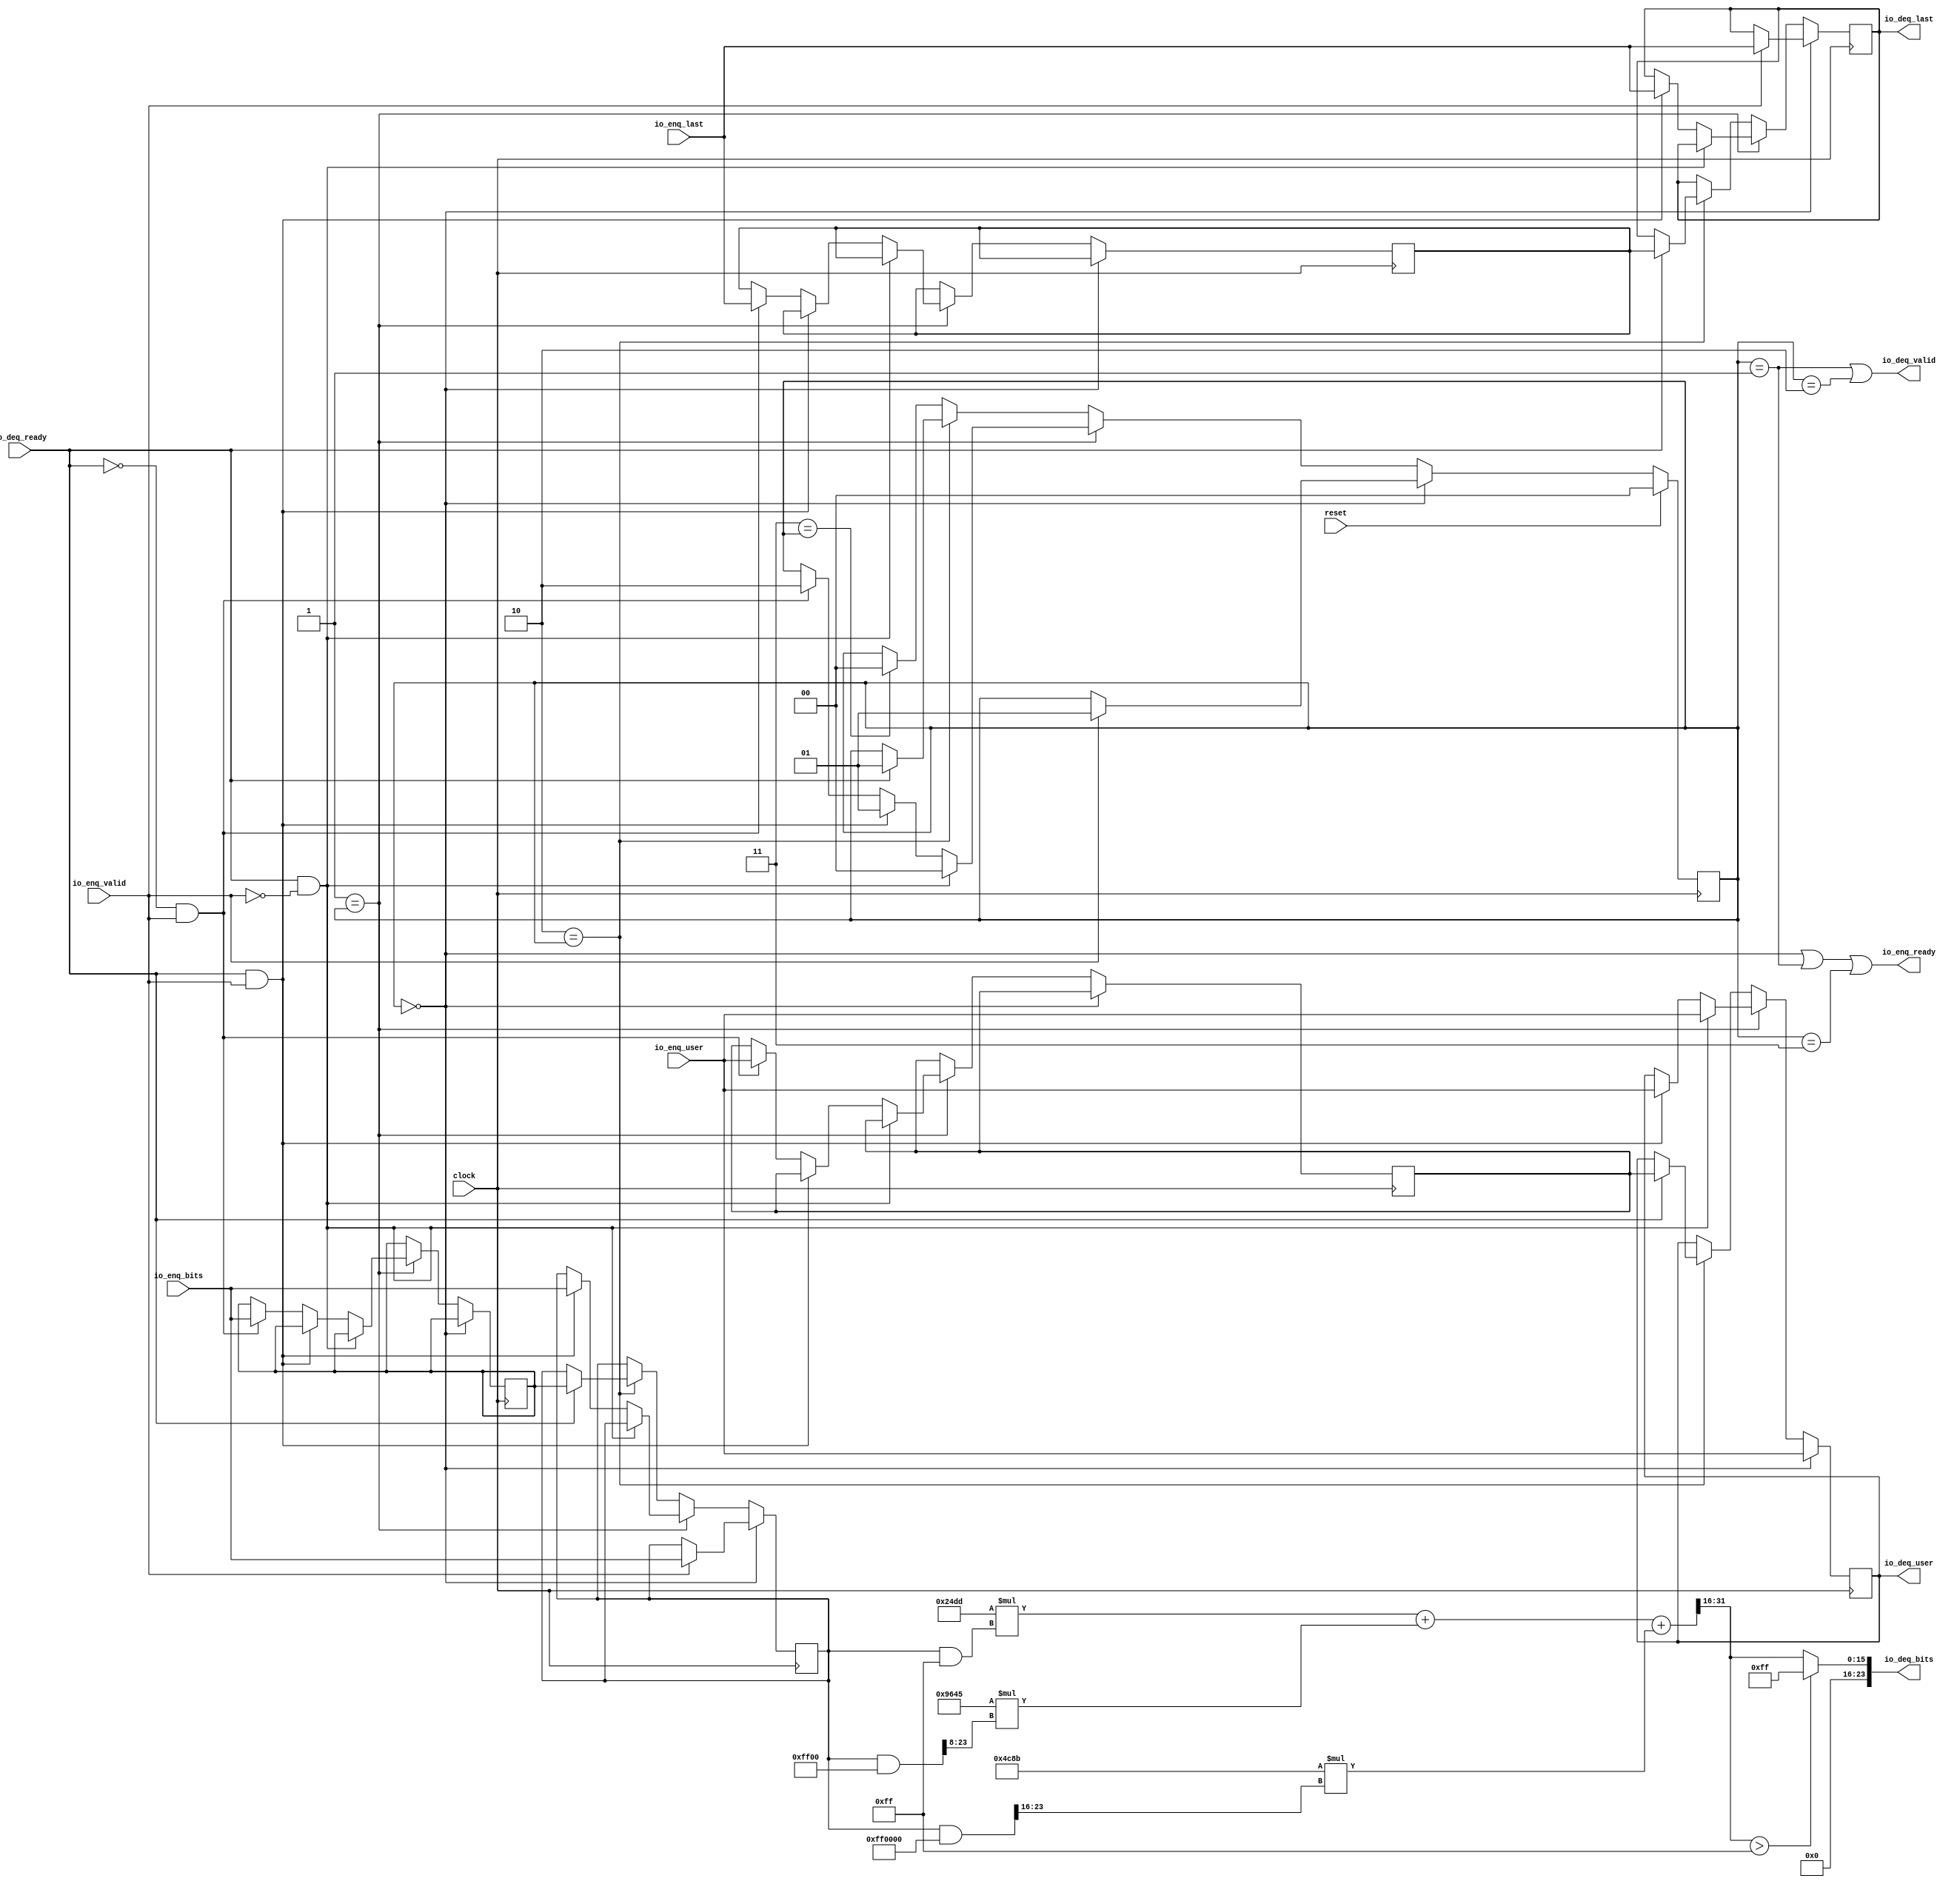
// axi4.ImProcMain1218694666
// 2020/11/25 17:25

module RGB2GrayFilterGray(
  input         clock,
  input         reset,
  output        io_enq_ready,
  input         io_enq_valid,
  input  [23:0] io_enq_bits,
  input         io_enq_user,
  input         io_enq_last,
  input         io_deq_ready,
  output        io_deq_valid,
  output [23:0] io_deq_bits,
  output        io_deq_user,
  output        io_deq_last
);
`ifdef RANDOMIZE_REG_INIT
  reg [31:0] _RAND_0;
  reg [31:0] _RAND_1;
  reg [31:0] _RAND_2;
  reg [31:0] _RAND_3;
  reg [31:0] _RAND_4;
  reg [31:0] _RAND_5;
  reg [31:0] _RAND_6;
`endif // RANDOMIZE_REG_INIT
  reg [1:0] stateReg; // @[ChiselImProc.scala 49:28]
  reg [23:0] dataReg; // @[ChiselImProc.scala 51:23]
  reg [23:0] shadowReg; // @[ChiselImProc.scala 53:25]
  reg  userReg; // @[ChiselImProc.scala 54:23]
  reg  shadowUserReg; // @[ChiselImProc.scala 55:29]
  reg  lastReg; // @[ChiselImProc.scala 56:23]
  reg  shadowLastReg; // @[ChiselImProc.scala 57:29]
  wire  _T = 2'h0 == stateReg; // @[Conditional.scala 37:30]
  wire  _T_1 = 2'h1 == stateReg; // @[Conditional.scala 37:30]
  wire  _T_2 = ~io_enq_valid; // @[ChiselImProc.scala 69:35]
  wire  _T_3 = io_deq_ready & _T_2; // @[ChiselImProc.scala 69:32]
  wire  _T_4 = io_deq_ready & io_enq_valid; // @[ChiselImProc.scala 72:38]
  wire  _T_5 = ~io_deq_ready; // @[ChiselImProc.scala 77:25]
  wire  _T_6 = _T_5 & io_enq_valid; // @[ChiselImProc.scala 77:39]
  wire  _T_7 = 2'h2 == stateReg; // @[Conditional.scala 37:30]
  wire  _T_8 = 2'h3 == stateReg; // @[Conditional.scala 37:30]
  wire  _T_9 = stateReg == 2'h0; // @[ChiselImProc.scala 101:31]
  wire  _T_10 = stateReg == 2'h1; // @[ChiselImProc.scala 101:53]
  wire  _T_11 = _T_9 | _T_10; // @[ChiselImProc.scala 101:41]
  wire  _T_12 = stateReg == 2'h3; // @[ChiselImProc.scala 101:73]
  wire  _T_15 = stateReg == 2'h2; // @[ChiselImProc.scala 102:51]
  wire [23:0] _T_17 = dataReg & 24'hff; // @[ChiselImProc.scala 139:36]
  wire [37:0] _T_18 = 24'h24dd * _T_17; // @[ChiselImProc.scala 139:25]
  wire [23:0] _T_19 = dataReg & 24'hff00; // @[ChiselImProc.scala 140:33]
  wire [23:0] _T_20 = {{8'd0}, _T_19[23:8]}; // @[ChiselImProc.scala 140:47]
  wire [39:0] _T_21 = 24'h9645 * _T_20; // @[ChiselImProc.scala 140:21]
  wire [39:0] _GEN_45 = {{2'd0}, _T_18}; // @[ChiselImProc.scala 139:50]
  wire [39:0] _T_23 = _GEN_45 + _T_21; // @[ChiselImProc.scala 139:50]
  wire [23:0] _T_24 = dataReg & 24'hff0000; // @[ChiselImProc.scala 141:33]
  wire [23:0] _T_25 = {{16'd0}, _T_24[23:16]}; // @[ChiselImProc.scala 141:47]
  wire [38:0] _T_26 = 24'h4c8b * _T_25; // @[ChiselImProc.scala 141:21]
  wire [39:0] _GEN_47 = {{1'd0}, _T_26}; // @[ChiselImProc.scala 140:55]
  wire [39:0] _T_28 = _T_23 + _GEN_47; // @[ChiselImProc.scala 140:55]
  wire [31:0] pixGray = _T_28[31:0]; // @[ChiselImProc.scala 136:24 ChiselImProc.scala 139:13]
  wire [31:0] _T_29 = {{16'd0}, pixGray[31:16]}; // @[ChiselImProc.scala 143:24]
  wire [15:0] rolled = _T_29[15:0]; // @[ChiselImProc.scala 137:23 ChiselImProc.scala 143:12]
  wire  _T_30 = rolled > 16'hff; // @[ChiselImProc.scala 144:32]
  wire [15:0] _T_31 = _T_30 ? 16'hff : rolled; // @[ChiselImProc.scala 144:24]
  assign io_enq_ready = _T_11 | _T_12; // @[ChiselImProc.scala 101:18]
  assign io_deq_valid = _T_10 | _T_15; // @[ChiselImProc.scala 102:18]
  assign io_deq_bits = {{8'd0}, _T_31}; // @[ChiselImProc.scala 144:17]
  assign io_deq_user = userReg; // @[ChiselImProc.scala 37:17 ChiselImProc.scala 99:17]
  assign io_deq_last = lastReg; // @[ChiselImProc.scala 36:17 ChiselImProc.scala 98:17]
`ifdef RANDOMIZE_GARBAGE_ASSIGN
`define RANDOMIZE
`endif
`ifdef RANDOMIZE_INVALID_ASSIGN
`define RANDOMIZE
`endif
`ifdef RANDOMIZE_REG_INIT
`define RANDOMIZE
`endif
`ifdef RANDOMIZE_MEM_INIT
`define RANDOMIZE
`endif
`ifndef RANDOM
`define RANDOM $random
`endif
`ifdef RANDOMIZE_MEM_INIT
  integer initvar;
`endif
`ifndef SYNTHESIS
`ifdef FIRRTL_BEFORE_INITIAL
`FIRRTL_BEFORE_INITIAL
`endif
initial begin
  `ifdef RANDOMIZE
    `ifdef INIT_RANDOM
      `INIT_RANDOM
    `endif
    `ifndef VERILATOR
      `ifdef RANDOMIZE_DELAY
        #`RANDOMIZE_DELAY begin end
      `else
        #0.002 begin end
      `endif
    `endif
`ifdef RANDOMIZE_REG_INIT
  _RAND_0 = {1{`RANDOM}};
  stateReg = _RAND_0[1:0];
  _RAND_1 = {1{`RANDOM}};
  dataReg = _RAND_1[23:0];
  _RAND_2 = {1{`RANDOM}};
  shadowReg = _RAND_2[23:0];
  _RAND_3 = {1{`RANDOM}};
  userReg = _RAND_3[0:0];
  _RAND_4 = {1{`RANDOM}};
  shadowUserReg = _RAND_4[0:0];
  _RAND_5 = {1{`RANDOM}};
  lastReg = _RAND_5[0:0];
  _RAND_6 = {1{`RANDOM}};
  shadowLastReg = _RAND_6[0:0];
`endif // RANDOMIZE_REG_INIT
  `endif // RANDOMIZE
end // initial
`ifdef FIRRTL_AFTER_INITIAL
`FIRRTL_AFTER_INITIAL
`endif
`endif // SYNTHESIS
  always @(posedge clock) begin
    if (reset) begin
      stateReg <= 2'h0;
    end else if (_T) begin
      if (io_enq_valid) begin
        stateReg <= 2'h1;
      end
    end else if (_T_1) begin
      if (_T_3) begin
        stateReg <= 2'h0;
      end else if (_T_4) begin
        stateReg <= 2'h1;
      end else if (_T_6) begin
        stateReg <= 2'h2;
      end
    end else if (_T_7) begin
      if (io_deq_ready) begin
        stateReg <= 2'h1;
      end
    end else if (_T_8) begin
      stateReg <= 2'h0;
    end
    if (_T) begin
      if (io_enq_valid) begin
        dataReg <= io_enq_bits;
      end
    end else if (_T_1) begin
      if (!(_T_3)) begin
        if (_T_4) begin
          dataReg <= io_enq_bits;
        end
      end
    end else if (_T_7) begin
      if (io_deq_ready) begin
        dataReg <= shadowReg;
      end
    end
    if (!(_T)) begin
      if (_T_1) begin
        if (!(_T_3)) begin
          if (!(_T_4)) begin
            if (_T_6) begin
              shadowReg <= io_enq_bits;
            end
          end
        end
      end
    end
    if (_T) begin
      userReg <= io_enq_user;
    end else if (_T_1) begin
      if (_T_3) begin
        userReg <= io_enq_user;
      end else if (_T_4) begin
        userReg <= io_enq_user;
      end
    end else if (_T_7) begin
      if (io_deq_ready) begin
        userReg <= shadowUserReg;
      end
    end
    if (!(_T)) begin
      if (_T_1) begin
        if (!(_T_3)) begin
          if (!(_T_4)) begin
            if (_T_6) begin
              shadowUserReg <= io_enq_user;
            end
          end
        end
      end
    end
    if (_T) begin
      if (io_enq_valid) begin
        lastReg <= io_enq_last;
      end
    end else if (_T_1) begin
      if (!(_T_3)) begin
        if (_T_4) begin
          lastReg <= io_enq_last;
        end
      end
    end else if (_T_7) begin
      if (io_deq_ready) begin
        lastReg <= shadowLastReg;
      end
    end
    if (!(_T)) begin
      if (_T_1) begin
        if (!(_T_3)) begin
          if (!(_T_4)) begin
            if (_T_6) begin
              shadowLastReg <= io_enq_last;
            end
          end
        end
      end
    end
  end
endmodule
module NothingFilterGray(
  input        clock,
  input        reset,
  output       io_enq_ready,
  input        io_enq_valid,
  input  [7:0] io_enq_bits,
  input        io_enq_user,
  input        io_enq_last,
  input        io_deq_ready,
  output       io_deq_valid,
  output [7:0] io_deq_bits,
  output       io_deq_user,
  output       io_deq_last
);
`ifdef RANDOMIZE_REG_INIT
  reg [31:0] _RAND_0;
  reg [31:0] _RAND_1;
  reg [31:0] _RAND_2;
  reg [31:0] _RAND_3;
  reg [31:0] _RAND_4;
  reg [31:0] _RAND_5;
  reg [31:0] _RAND_6;
`endif // RANDOMIZE_REG_INIT
  reg [1:0] stateReg; // @[ChiselImProc.scala 49:28]
  reg [7:0] dataReg; // @[ChiselImProc.scala 51:23]
  reg [7:0] shadowReg; // @[ChiselImProc.scala 53:25]
  reg  userReg; // @[ChiselImProc.scala 54:23]
  reg  shadowUserReg; // @[ChiselImProc.scala 55:29]
  reg  lastReg; // @[ChiselImProc.scala 56:23]
  reg  shadowLastReg; // @[ChiselImProc.scala 57:29]
  wire  _T = 2'h0 == stateReg; // @[Conditional.scala 37:30]
  wire  _T_1 = 2'h1 == stateReg; // @[Conditional.scala 37:30]
  wire  _T_2 = ~io_enq_valid; // @[ChiselImProc.scala 69:35]
  wire  _T_3 = io_deq_ready & _T_2; // @[ChiselImProc.scala 69:32]
  wire  _T_4 = io_deq_ready & io_enq_valid; // @[ChiselImProc.scala 72:38]
  wire  _T_5 = ~io_deq_ready; // @[ChiselImProc.scala 77:25]
  wire  _T_6 = _T_5 & io_enq_valid; // @[ChiselImProc.scala 77:39]
  wire  _T_7 = 2'h2 == stateReg; // @[Conditional.scala 37:30]
  wire  _T_8 = 2'h3 == stateReg; // @[Conditional.scala 37:30]
  wire  _T_9 = stateReg == 2'h0; // @[ChiselImProc.scala 101:31]
  wire  _T_10 = stateReg == 2'h1; // @[ChiselImProc.scala 101:53]
  wire  _T_11 = _T_9 | _T_10; // @[ChiselImProc.scala 101:41]
  wire  _T_12 = stateReg == 2'h3; // @[ChiselImProc.scala 101:73]
  wire  _T_15 = stateReg == 2'h2; // @[ChiselImProc.scala 102:51]
  assign io_enq_ready = _T_11 | _T_12; // @[ChiselImProc.scala 101:18]
  assign io_deq_valid = _T_10 | _T_15; // @[ChiselImProc.scala 102:18]
  assign io_deq_bits = dataReg; // @[ChiselImProc.scala 122:17]
  assign io_deq_user = userReg; // @[ChiselImProc.scala 37:17 ChiselImProc.scala 99:17]
  assign io_deq_last = lastReg; // @[ChiselImProc.scala 36:17 ChiselImProc.scala 98:17]
`ifdef RANDOMIZE_GARBAGE_ASSIGN
`define RANDOMIZE
`endif
`ifdef RANDOMIZE_INVALID_ASSIGN
`define RANDOMIZE
`endif
`ifdef RANDOMIZE_REG_INIT
`define RANDOMIZE
`endif
`ifdef RANDOMIZE_MEM_INIT
`define RANDOMIZE
`endif
`ifndef RANDOM
`define RANDOM $random
`endif
`ifdef RANDOMIZE_MEM_INIT
  integer initvar;
`endif
`ifndef SYNTHESIS
`ifdef FIRRTL_BEFORE_INITIAL
`FIRRTL_BEFORE_INITIAL
`endif
initial begin
  `ifdef RANDOMIZE
    `ifdef INIT_RANDOM
      `INIT_RANDOM
    `endif
    `ifndef VERILATOR
      `ifdef RANDOMIZE_DELAY
        #`RANDOMIZE_DELAY begin end
      `else
        #0.002 begin end
      `endif
    `endif
`ifdef RANDOMIZE_REG_INIT
  _RAND_0 = {1{`RANDOM}};
  stateReg = _RAND_0[1:0];
  _RAND_1 = {1{`RANDOM}};
  dataReg = _RAND_1[7:0];
  _RAND_2 = {1{`RANDOM}};
  shadowReg = _RAND_2[7:0];
  _RAND_3 = {1{`RANDOM}};
  userReg = _RAND_3[0:0];
  _RAND_4 = {1{`RANDOM}};
  shadowUserReg = _RAND_4[0:0];
  _RAND_5 = {1{`RANDOM}};
  lastReg = _RAND_5[0:0];
  _RAND_6 = {1{`RANDOM}};
  shadowLastReg = _RAND_6[0:0];
`endif // RANDOMIZE_REG_INIT
  `endif // RANDOMIZE
end // initial
`ifdef FIRRTL_AFTER_INITIAL
`FIRRTL_AFTER_INITIAL
`endif
`endif // SYNTHESIS
  always @(posedge clock) begin
    if (reset) begin
      stateReg <= 2'h0;
    end else if (_T) begin
      if (io_enq_valid) begin
        stateReg <= 2'h1;
      end
    end else if (_T_1) begin
      if (_T_3) begin
        stateReg <= 2'h0;
      end else if (_T_4) begin
        stateReg <= 2'h1;
      end else if (_T_6) begin
        stateReg <= 2'h2;
      end
    end else if (_T_7) begin
      if (io_deq_ready) begin
        stateReg <= 2'h1;
      end
    end else if (_T_8) begin
      stateReg <= 2'h0;
    end
    if (_T) begin
      if (io_enq_valid) begin
        dataReg <= io_enq_bits;
      end
    end else if (_T_1) begin
      if (!(_T_3)) begin
        if (_T_4) begin
          dataReg <= io_enq_bits;
        end
      end
    end else if (_T_7) begin
      if (io_deq_ready) begin
        dataReg <= shadowReg;
      end
    end
    if (!(_T)) begin
      if (_T_1) begin
        if (!(_T_3)) begin
          if (!(_T_4)) begin
            if (_T_6) begin
              shadowReg <= io_enq_bits;
            end
          end
        end
      end
    end
    if (_T) begin
      userReg <= io_enq_user;
    end else if (_T_1) begin
      if (_T_3) begin
        userReg <= io_enq_user;
      end else if (_T_4) begin
        userReg <= io_enq_user;
      end
    end else if (_T_7) begin
      if (io_deq_ready) begin
        userReg <= shadowUserReg;
      end
    end
    if (!(_T)) begin
      if (_T_1) begin
        if (!(_T_3)) begin
          if (!(_T_4)) begin
            if (_T_6) begin
              shadowUserReg <= io_enq_user;
            end
          end
        end
      end
    end
    if (_T) begin
      if (io_enq_valid) begin
        lastReg <= io_enq_last;
      end
    end else if (_T_1) begin
      if (!(_T_3)) begin
        if (_T_4) begin
          lastReg <= io_enq_last;
        end
      end
    end else if (_T_7) begin
      if (io_deq_ready) begin
        lastReg <= shadowLastReg;
      end
    end
    if (!(_T)) begin
      if (_T_1) begin
        if (!(_T_3)) begin
          if (!(_T_4)) begin
            if (_T_6) begin
              shadowLastReg <= io_enq_last;
            end
          end
        end
      end
    end
  end
endmodule
module Gray2RGBFilterGray(
  input         clock,
  input         reset,
  output        io_enq_ready,
  input         io_enq_valid,
  input  [23:0] io_enq_bits,
  input         io_enq_user,
  input         io_enq_last,
  input         io_deq_ready,
  output        io_deq_valid,
  output [23:0] io_deq_bits,
  output        io_deq_user,
  output        io_deq_last,
  output [1:0]  io_state_reg,
  output [23:0] io_shadow_reg,
  output        io_shadow_user,
  output        io_shadow_last
);
`ifdef RANDOMIZE_REG_INIT
  reg [31:0] _RAND_0;
  reg [31:0] _RAND_1;
  reg [31:0] _RAND_2;
  reg [31:0] _RAND_3;
  reg [31:0] _RAND_4;
  reg [31:0] _RAND_5;
  reg [31:0] _RAND_6;
`endif // RANDOMIZE_REG_INIT
  reg [1:0] stateReg; // @[ChiselImProc.scala 49:28]
  reg [23:0] dataReg; // @[ChiselImProc.scala 51:23]
  reg [23:0] shadowReg; // @[ChiselImProc.scala 53:25]
  reg  userReg; // @[ChiselImProc.scala 54:23]
  reg  shadowUserReg; // @[ChiselImProc.scala 55:29]
  reg  lastReg; // @[ChiselImProc.scala 56:23]
  reg  shadowLastReg; // @[ChiselImProc.scala 57:29]
  wire  _T = 2'h0 == stateReg; // @[Conditional.scala 37:30]
  wire  _T_1 = 2'h1 == stateReg; // @[Conditional.scala 37:30]
  wire  _T_2 = ~io_enq_valid; // @[ChiselImProc.scala 69:35]
  wire  _T_3 = io_deq_ready & _T_2; // @[ChiselImProc.scala 69:32]
  wire  _T_4 = io_deq_ready & io_enq_valid; // @[ChiselImProc.scala 72:38]
  wire  _T_5 = ~io_deq_ready; // @[ChiselImProc.scala 77:25]
  wire  _T_6 = _T_5 & io_enq_valid; // @[ChiselImProc.scala 77:39]
  wire  _T_7 = 2'h2 == stateReg; // @[Conditional.scala 37:30]
  wire  _T_8 = 2'h3 == stateReg; // @[Conditional.scala 37:30]
  wire  _T_9 = stateReg == 2'h0; // @[ChiselImProc.scala 101:31]
  wire  _T_10 = stateReg == 2'h1; // @[ChiselImProc.scala 101:53]
  wire  _T_11 = _T_9 | _T_10; // @[ChiselImProc.scala 101:41]
  wire  _T_12 = stateReg == 2'h3; // @[ChiselImProc.scala 101:73]
  wire  _T_15 = stateReg == 2'h2; // @[ChiselImProc.scala 102:51]
  wire [39:0] _GEN_44 = {dataReg, 16'h0}; // @[ChiselImProc.scala 150:28]
  wire [54:0] _T_17 = {{15'd0}, _GEN_44}; // @[ChiselImProc.scala 150:28]
  wire [31:0] _GEN_45 = {dataReg, 8'h0}; // @[ChiselImProc.scala 150:46]
  wire [38:0] _T_18 = {{7'd0}, _GEN_45}; // @[ChiselImProc.scala 150:46]
  wire [54:0] _GEN_46 = {{16'd0}, _T_18}; // @[ChiselImProc.scala 150:36]
  wire [54:0] _T_19 = _T_17 | _GEN_46; // @[ChiselImProc.scala 150:36]
  wire [54:0] _GEN_47 = {{31'd0}, dataReg}; // @[ChiselImProc.scala 150:53]
  wire [54:0] _T_20 = _T_19 | _GEN_47; // @[ChiselImProc.scala 150:53]
  assign io_enq_ready = _T_11 | _T_12; // @[ChiselImProc.scala 101:18]
  assign io_deq_valid = _T_10 | _T_15; // @[ChiselImProc.scala 102:18]
  assign io_deq_bits = _T_20[23:0]; // @[ChiselImProc.scala 150:17]
  assign io_deq_user = userReg; // @[ChiselImProc.scala 37:17 ChiselImProc.scala 99:17]
  assign io_deq_last = lastReg; // @[ChiselImProc.scala 36:17 ChiselImProc.scala 98:17]
  assign io_state_reg = stateReg; // @[ChiselImProc.scala 104:18]
  assign io_shadow_reg = shadowReg; // @[ChiselImProc.scala 105:19]
  assign io_shadow_user = shadowUserReg; // @[ChiselImProc.scala 106:20]
  assign io_shadow_last = shadowLastReg; // @[ChiselImProc.scala 107:20]
`ifdef RANDOMIZE_GARBAGE_ASSIGN
`define RANDOMIZE
`endif
`ifdef RANDOMIZE_INVALID_ASSIGN
`define RANDOMIZE
`endif
`ifdef RANDOMIZE_REG_INIT
`define RANDOMIZE
`endif
`ifdef RANDOMIZE_MEM_INIT
`define RANDOMIZE
`endif
`ifndef RANDOM
`define RANDOM $random
`endif
`ifdef RANDOMIZE_MEM_INIT
  integer initvar;
`endif
`ifndef SYNTHESIS
`ifdef FIRRTL_BEFORE_INITIAL
`FIRRTL_BEFORE_INITIAL
`endif
initial begin
  `ifdef RANDOMIZE
    `ifdef INIT_RANDOM
      `INIT_RANDOM
    `endif
    `ifndef VERILATOR
      `ifdef RANDOMIZE_DELAY
        #`RANDOMIZE_DELAY begin end
      `else
        #0.002 begin end
      `endif
    `endif
`ifdef RANDOMIZE_REG_INIT
  _RAND_0 = {1{`RANDOM}};
  stateReg = _RAND_0[1:0];
  _RAND_1 = {1{`RANDOM}};
  dataReg = _RAND_1[23:0];
  _RAND_2 = {1{`RANDOM}};
  shadowReg = _RAND_2[23:0];
  _RAND_3 = {1{`RANDOM}};
  userReg = _RAND_3[0:0];
  _RAND_4 = {1{`RANDOM}};
  shadowUserReg = _RAND_4[0:0];
  _RAND_5 = {1{`RANDOM}};
  lastReg = _RAND_5[0:0];
  _RAND_6 = {1{`RANDOM}};
  shadowLastReg = _RAND_6[0:0];
`endif // RANDOMIZE_REG_INIT
  `endif // RANDOMIZE
end // initial
`ifdef FIRRTL_AFTER_INITIAL
`FIRRTL_AFTER_INITIAL
`endif
`endif // SYNTHESIS
  always @(posedge clock) begin
    if (reset) begin
      stateReg <= 2'h0;
    end else if (_T) begin
      if (io_enq_valid) begin
        stateReg <= 2'h1;
      end
    end else if (_T_1) begin
      if (_T_3) begin
        stateReg <= 2'h0;
      end else if (_T_4) begin
        stateReg <= 2'h1;
      end else if (_T_6) begin
        stateReg <= 2'h2;
      end
    end else if (_T_7) begin
      if (io_deq_ready) begin
        stateReg <= 2'h1;
      end
    end else if (_T_8) begin
      stateReg <= 2'h0;
    end
    if (_T) begin
      if (io_enq_valid) begin
        dataReg <= io_enq_bits;
      end
    end else if (_T_1) begin
      if (!(_T_3)) begin
        if (_T_4) begin
          dataReg <= io_enq_bits;
        end
      end
    end else if (_T_7) begin
      if (io_deq_ready) begin
        dataReg <= shadowReg;
      end
    end
    if (!(_T)) begin
      if (_T_1) begin
        if (!(_T_3)) begin
          if (!(_T_4)) begin
            if (_T_6) begin
              shadowReg <= io_enq_bits;
            end
          end
        end
      end
    end
    if (_T) begin
      userReg <= io_enq_user;
    end else if (_T_1) begin
      if (_T_3) begin
        userReg <= io_enq_user;
      end else if (_T_4) begin
        userReg <= io_enq_user;
      end
    end else if (_T_7) begin
      if (io_deq_ready) begin
        userReg <= shadowUserReg;
      end
    end
    if (!(_T)) begin
      if (_T_1) begin
        if (!(_T_3)) begin
          if (!(_T_4)) begin
            if (_T_6) begin
              shadowUserReg <= io_enq_user;
            end
          end
        end
      end
    end
    if (_T) begin
      if (io_enq_valid) begin
        lastReg <= io_enq_last;
      end
    end else if (_T_1) begin
      if (!(_T_3)) begin
        if (_T_4) begin
          lastReg <= io_enq_last;
        end
      end
    end else if (_T_7) begin
      if (io_deq_ready) begin
        lastReg <= shadowLastReg;
      end
    end
    if (!(_T)) begin
      if (_T_1) begin
        if (!(_T_3)) begin
          if (!(_T_4)) begin
            if (_T_6) begin
              shadowLastReg <= io_enq_last;
            end
          end
        end
      end
    end
  end
endmodule
module ChiselImProcGrayFilter(
  input         clock,
  input         reset,
  output        io_enq_ready,
  input         io_enq_valid,
  input  [23:0] io_enq_bits,
  input         io_enq_user,
  input         io_enq_last,
  input         io_deq_ready,
  output        io_deq_valid,
  output [23:0] io_deq_bits,
  output        io_deq_user,
  output        io_deq_last,
  output [1:0]  io_state_reg,
  output [23:0] io_shadow_reg,
  output        io_shadow_user,
  output        io_shadow_last
);
  wire  RGB2GrayFilterGray_clock; // @[ChiselImProc.scala 261:16]
  wire  RGB2GrayFilterGray_reset; // @[ChiselImProc.scala 261:16]
  wire  RGB2GrayFilterGray_io_enq_ready; // @[ChiselImProc.scala 261:16]
  wire  RGB2GrayFilterGray_io_enq_valid; // @[ChiselImProc.scala 261:16]
  wire [23:0] RGB2GrayFilterGray_io_enq_bits; // @[ChiselImProc.scala 261:16]
  wire  RGB2GrayFilterGray_io_enq_user; // @[ChiselImProc.scala 261:16]
  wire  RGB2GrayFilterGray_io_enq_last; // @[ChiselImProc.scala 261:16]
  wire  RGB2GrayFilterGray_io_deq_ready; // @[ChiselImProc.scala 261:16]
  wire  RGB2GrayFilterGray_io_deq_valid; // @[ChiselImProc.scala 261:16]
  wire [23:0] RGB2GrayFilterGray_io_deq_bits; // @[ChiselImProc.scala 261:16]
  wire  RGB2GrayFilterGray_io_deq_user; // @[ChiselImProc.scala 261:16]
  wire  RGB2GrayFilterGray_io_deq_last; // @[ChiselImProc.scala 261:16]
  wire  NothingFilterGray_clock; // @[ChiselImProc.scala 264:16]
  wire  NothingFilterGray_reset; // @[ChiselImProc.scala 264:16]
  wire  NothingFilterGray_io_enq_ready; // @[ChiselImProc.scala 264:16]
  wire  NothingFilterGray_io_enq_valid; // @[ChiselImProc.scala 264:16]
  wire [7:0] NothingFilterGray_io_enq_bits; // @[ChiselImProc.scala 264:16]
  wire  NothingFilterGray_io_enq_user; // @[ChiselImProc.scala 264:16]
  wire  NothingFilterGray_io_enq_last; // @[ChiselImProc.scala 264:16]
  wire  NothingFilterGray_io_deq_ready; // @[ChiselImProc.scala 264:16]
  wire  NothingFilterGray_io_deq_valid; // @[ChiselImProc.scala 264:16]
  wire [7:0] NothingFilterGray_io_deq_bits; // @[ChiselImProc.scala 264:16]
  wire  NothingFilterGray_io_deq_user; // @[ChiselImProc.scala 264:16]
  wire  NothingFilterGray_io_deq_last; // @[ChiselImProc.scala 264:16]
  wire  NothingFilterGray_1_clock; // @[ChiselImProc.scala 266:16]
  wire  NothingFilterGray_1_reset; // @[ChiselImProc.scala 266:16]
  wire  NothingFilterGray_1_io_enq_ready; // @[ChiselImProc.scala 266:16]
  wire  NothingFilterGray_1_io_enq_valid; // @[ChiselImProc.scala 266:16]
  wire [7:0] NothingFilterGray_1_io_enq_bits; // @[ChiselImProc.scala 266:16]
  wire  NothingFilterGray_1_io_enq_user; // @[ChiselImProc.scala 266:16]
  wire  NothingFilterGray_1_io_enq_last; // @[ChiselImProc.scala 266:16]
  wire  NothingFilterGray_1_io_deq_ready; // @[ChiselImProc.scala 266:16]
  wire  NothingFilterGray_1_io_deq_valid; // @[ChiselImProc.scala 266:16]
  wire [7:0] NothingFilterGray_1_io_deq_bits; // @[ChiselImProc.scala 266:16]
  wire  NothingFilterGray_1_io_deq_user; // @[ChiselImProc.scala 266:16]
  wire  NothingFilterGray_1_io_deq_last; // @[ChiselImProc.scala 266:16]
  wire  NothingFilterGray_2_clock; // @[ChiselImProc.scala 268:16]
  wire  NothingFilterGray_2_reset; // @[ChiselImProc.scala 268:16]
  wire  NothingFilterGray_2_io_enq_ready; // @[ChiselImProc.scala 268:16]
  wire  NothingFilterGray_2_io_enq_valid; // @[ChiselImProc.scala 268:16]
  wire [7:0] NothingFilterGray_2_io_enq_bits; // @[ChiselImProc.scala 268:16]
  wire  NothingFilterGray_2_io_enq_user; // @[ChiselImProc.scala 268:16]
  wire  NothingFilterGray_2_io_enq_last; // @[ChiselImProc.scala 268:16]
  wire  NothingFilterGray_2_io_deq_ready; // @[ChiselImProc.scala 268:16]
  wire  NothingFilterGray_2_io_deq_valid; // @[ChiselImProc.scala 268:16]
  wire [7:0] NothingFilterGray_2_io_deq_bits; // @[ChiselImProc.scala 268:16]
  wire  NothingFilterGray_2_io_deq_user; // @[ChiselImProc.scala 268:16]
  wire  NothingFilterGray_2_io_deq_last; // @[ChiselImProc.scala 268:16]
  wire  NothingFilterGray_3_clock; // @[ChiselImProc.scala 270:16]
  wire  NothingFilterGray_3_reset; // @[ChiselImProc.scala 270:16]
  wire  NothingFilterGray_3_io_enq_ready; // @[ChiselImProc.scala 270:16]
  wire  NothingFilterGray_3_io_enq_valid; // @[ChiselImProc.scala 270:16]
  wire [7:0] NothingFilterGray_3_io_enq_bits; // @[ChiselImProc.scala 270:16]
  wire  NothingFilterGray_3_io_enq_user; // @[ChiselImProc.scala 270:16]
  wire  NothingFilterGray_3_io_enq_last; // @[ChiselImProc.scala 270:16]
  wire  NothingFilterGray_3_io_deq_ready; // @[ChiselImProc.scala 270:16]
  wire  NothingFilterGray_3_io_deq_valid; // @[ChiselImProc.scala 270:16]
  wire [7:0] NothingFilterGray_3_io_deq_bits; // @[ChiselImProc.scala 270:16]
  wire  NothingFilterGray_3_io_deq_user; // @[ChiselImProc.scala 270:16]
  wire  NothingFilterGray_3_io_deq_last; // @[ChiselImProc.scala 270:16]
  wire  NothingFilterGray_4_clock; // @[ChiselImProc.scala 272:16]
  wire  NothingFilterGray_4_reset; // @[ChiselImProc.scala 272:16]
  wire  NothingFilterGray_4_io_enq_ready; // @[ChiselImProc.scala 272:16]
  wire  NothingFilterGray_4_io_enq_valid; // @[ChiselImProc.scala 272:16]
  wire [7:0] NothingFilterGray_4_io_enq_bits; // @[ChiselImProc.scala 272:16]
  wire  NothingFilterGray_4_io_enq_user; // @[ChiselImProc.scala 272:16]
  wire  NothingFilterGray_4_io_enq_last; // @[ChiselImProc.scala 272:16]
  wire  NothingFilterGray_4_io_deq_ready; // @[ChiselImProc.scala 272:16]
  wire  NothingFilterGray_4_io_deq_valid; // @[ChiselImProc.scala 272:16]
  wire [7:0] NothingFilterGray_4_io_deq_bits; // @[ChiselImProc.scala 272:16]
  wire  NothingFilterGray_4_io_deq_user; // @[ChiselImProc.scala 272:16]
  wire  NothingFilterGray_4_io_deq_last; // @[ChiselImProc.scala 272:16]
  wire  NothingFilterGray_5_clock; // @[ChiselImProc.scala 274:16]
  wire  NothingFilterGray_5_reset; // @[ChiselImProc.scala 274:16]
  wire  NothingFilterGray_5_io_enq_ready; // @[ChiselImProc.scala 274:16]
  wire  NothingFilterGray_5_io_enq_valid; // @[ChiselImProc.scala 274:16]
  wire [7:0] NothingFilterGray_5_io_enq_bits; // @[ChiselImProc.scala 274:16]
  wire  NothingFilterGray_5_io_enq_user; // @[ChiselImProc.scala 274:16]
  wire  NothingFilterGray_5_io_enq_last; // @[ChiselImProc.scala 274:16]
  wire  NothingFilterGray_5_io_deq_ready; // @[ChiselImProc.scala 274:16]
  wire  NothingFilterGray_5_io_deq_valid; // @[ChiselImProc.scala 274:16]
  wire [7:0] NothingFilterGray_5_io_deq_bits; // @[ChiselImProc.scala 274:16]
  wire  NothingFilterGray_5_io_deq_user; // @[ChiselImProc.scala 274:16]
  wire  NothingFilterGray_5_io_deq_last; // @[ChiselImProc.scala 274:16]
  wire  Gray2RGBFilterGray_clock; // @[ChiselImProc.scala 276:16]
  wire  Gray2RGBFilterGray_reset; // @[ChiselImProc.scala 276:16]
  wire  Gray2RGBFilterGray_io_enq_ready; // @[ChiselImProc.scala 276:16]
  wire  Gray2RGBFilterGray_io_enq_valid; // @[ChiselImProc.scala 276:16]
  wire [23:0] Gray2RGBFilterGray_io_enq_bits; // @[ChiselImProc.scala 276:16]
  wire  Gray2RGBFilterGray_io_enq_user; // @[ChiselImProc.scala 276:16]
  wire  Gray2RGBFilterGray_io_enq_last; // @[ChiselImProc.scala 276:16]
  wire  Gray2RGBFilterGray_io_deq_ready; // @[ChiselImProc.scala 276:16]
  wire  Gray2RGBFilterGray_io_deq_valid; // @[ChiselImProc.scala 276:16]
  wire [23:0] Gray2RGBFilterGray_io_deq_bits; // @[ChiselImProc.scala 276:16]
  wire  Gray2RGBFilterGray_io_deq_user; // @[ChiselImProc.scala 276:16]
  wire  Gray2RGBFilterGray_io_deq_last; // @[ChiselImProc.scala 276:16]
  wire [1:0] Gray2RGBFilterGray_io_state_reg; // @[ChiselImProc.scala 276:16]
  wire [23:0] Gray2RGBFilterGray_io_shadow_reg; // @[ChiselImProc.scala 276:16]
  wire  Gray2RGBFilterGray_io_shadow_user; // @[ChiselImProc.scala 276:16]
  wire  Gray2RGBFilterGray_io_shadow_last; // @[ChiselImProc.scala 276:16]
  RGB2GrayFilterGray RGB2GrayFilterGray ( // @[ChiselImProc.scala 261:16]
    .clock(RGB2GrayFilterGray_clock),
    .reset(RGB2GrayFilterGray_reset),
    .io_enq_ready(RGB2GrayFilterGray_io_enq_ready),
    .io_enq_valid(RGB2GrayFilterGray_io_enq_valid),
    .io_enq_bits(RGB2GrayFilterGray_io_enq_bits),
    .io_enq_user(RGB2GrayFilterGray_io_enq_user),
    .io_enq_last(RGB2GrayFilterGray_io_enq_last),
    .io_deq_ready(RGB2GrayFilterGray_io_deq_ready),
    .io_deq_valid(RGB2GrayFilterGray_io_deq_valid),
    .io_deq_bits(RGB2GrayFilterGray_io_deq_bits),
    .io_deq_user(RGB2GrayFilterGray_io_deq_user),
    .io_deq_last(RGB2GrayFilterGray_io_deq_last)
  );
  NothingFilterGray NothingFilterGray ( // @[ChiselImProc.scala 264:16]
    .clock(NothingFilterGray_clock),
    .reset(NothingFilterGray_reset),
    .io_enq_ready(NothingFilterGray_io_enq_ready),
    .io_enq_valid(NothingFilterGray_io_enq_valid),
    .io_enq_bits(NothingFilterGray_io_enq_bits),
    .io_enq_user(NothingFilterGray_io_enq_user),
    .io_enq_last(NothingFilterGray_io_enq_last),
    .io_deq_ready(NothingFilterGray_io_deq_ready),
    .io_deq_valid(NothingFilterGray_io_deq_valid),
    .io_deq_bits(NothingFilterGray_io_deq_bits),
    .io_deq_user(NothingFilterGray_io_deq_user),
    .io_deq_last(NothingFilterGray_io_deq_last)
  );
  NothingFilterGray NothingFilterGray_1 ( // @[ChiselImProc.scala 266:16]
    .clock(NothingFilterGray_1_clock),
    .reset(NothingFilterGray_1_reset),
    .io_enq_ready(NothingFilterGray_1_io_enq_ready),
    .io_enq_valid(NothingFilterGray_1_io_enq_valid),
    .io_enq_bits(NothingFilterGray_1_io_enq_bits),
    .io_enq_user(NothingFilterGray_1_io_enq_user),
    .io_enq_last(NothingFilterGray_1_io_enq_last),
    .io_deq_ready(NothingFilterGray_1_io_deq_ready),
    .io_deq_valid(NothingFilterGray_1_io_deq_valid),
    .io_deq_bits(NothingFilterGray_1_io_deq_bits),
    .io_deq_user(NothingFilterGray_1_io_deq_user),
    .io_deq_last(NothingFilterGray_1_io_deq_last)
  );
  NothingFilterGray NothingFilterGray_2 ( // @[ChiselImProc.scala 268:16]
    .clock(NothingFilterGray_2_clock),
    .reset(NothingFilterGray_2_reset),
    .io_enq_ready(NothingFilterGray_2_io_enq_ready),
    .io_enq_valid(NothingFilterGray_2_io_enq_valid),
    .io_enq_bits(NothingFilterGray_2_io_enq_bits),
    .io_enq_user(NothingFilterGray_2_io_enq_user),
    .io_enq_last(NothingFilterGray_2_io_enq_last),
    .io_deq_ready(NothingFilterGray_2_io_deq_ready),
    .io_deq_valid(NothingFilterGray_2_io_deq_valid),
    .io_deq_bits(NothingFilterGray_2_io_deq_bits),
    .io_deq_user(NothingFilterGray_2_io_deq_user),
    .io_deq_last(NothingFilterGray_2_io_deq_last)
  );
  NothingFilterGray NothingFilterGray_3 ( // @[ChiselImProc.scala 270:16]
    .clock(NothingFilterGray_3_clock),
    .reset(NothingFilterGray_3_reset),
    .io_enq_ready(NothingFilterGray_3_io_enq_ready),
    .io_enq_valid(NothingFilterGray_3_io_enq_valid),
    .io_enq_bits(NothingFilterGray_3_io_enq_bits),
    .io_enq_user(NothingFilterGray_3_io_enq_user),
    .io_enq_last(NothingFilterGray_3_io_enq_last),
    .io_deq_ready(NothingFilterGray_3_io_deq_ready),
    .io_deq_valid(NothingFilterGray_3_io_deq_valid),
    .io_deq_bits(NothingFilterGray_3_io_deq_bits),
    .io_deq_user(NothingFilterGray_3_io_deq_user),
    .io_deq_last(NothingFilterGray_3_io_deq_last)
  );
  NothingFilterGray NothingFilterGray_4 ( // @[ChiselImProc.scala 272:16]
    .clock(NothingFilterGray_4_clock),
    .reset(NothingFilterGray_4_reset),
    .io_enq_ready(NothingFilterGray_4_io_enq_ready),
    .io_enq_valid(NothingFilterGray_4_io_enq_valid),
    .io_enq_bits(NothingFilterGray_4_io_enq_bits),
    .io_enq_user(NothingFilterGray_4_io_enq_user),
    .io_enq_last(NothingFilterGray_4_io_enq_last),
    .io_deq_ready(NothingFilterGray_4_io_deq_ready),
    .io_deq_valid(NothingFilterGray_4_io_deq_valid),
    .io_deq_bits(NothingFilterGray_4_io_deq_bits),
    .io_deq_user(NothingFilterGray_4_io_deq_user),
    .io_deq_last(NothingFilterGray_4_io_deq_last)
  );
  NothingFilterGray NothingFilterGray_5 ( // @[ChiselImProc.scala 274:16]
    .clock(NothingFilterGray_5_clock),
    .reset(NothingFilterGray_5_reset),
    .io_enq_ready(NothingFilterGray_5_io_enq_ready),
    .io_enq_valid(NothingFilterGray_5_io_enq_valid),
    .io_enq_bits(NothingFilterGray_5_io_enq_bits),
    .io_enq_user(NothingFilterGray_5_io_enq_user),
    .io_enq_last(NothingFilterGray_5_io_enq_last),
    .io_deq_ready(NothingFilterGray_5_io_deq_ready),
    .io_deq_valid(NothingFilterGray_5_io_deq_valid),
    .io_deq_bits(NothingFilterGray_5_io_deq_bits),
    .io_deq_user(NothingFilterGray_5_io_deq_user),
    .io_deq_last(NothingFilterGray_5_io_deq_last)
  );
  Gray2RGBFilterGray Gray2RGBFilterGray ( // @[ChiselImProc.scala 276:16]
    .clock(Gray2RGBFilterGray_clock),
    .reset(Gray2RGBFilterGray_reset),
    .io_enq_ready(Gray2RGBFilterGray_io_enq_ready),
    .io_enq_valid(Gray2RGBFilterGray_io_enq_valid),
    .io_enq_bits(Gray2RGBFilterGray_io_enq_bits),
    .io_enq_user(Gray2RGBFilterGray_io_enq_user),
    .io_enq_last(Gray2RGBFilterGray_io_enq_last),
    .io_deq_ready(Gray2RGBFilterGray_io_deq_ready),
    .io_deq_valid(Gray2RGBFilterGray_io_deq_valid),
    .io_deq_bits(Gray2RGBFilterGray_io_deq_bits),
    .io_deq_user(Gray2RGBFilterGray_io_deq_user),
    .io_deq_last(Gray2RGBFilterGray_io_deq_last),
    .io_state_reg(Gray2RGBFilterGray_io_state_reg),
    .io_shadow_reg(Gray2RGBFilterGray_io_shadow_reg),
    .io_shadow_user(Gray2RGBFilterGray_io_shadow_user),
    .io_shadow_last(Gray2RGBFilterGray_io_shadow_last)
  );
  assign io_enq_ready = RGB2GrayFilterGray_io_enq_ready; // @[ChiselImProc.scala 287:12]
  assign io_deq_valid = Gray2RGBFilterGray_io_deq_valid; // @[ChiselImProc.scala 289:12]
  assign io_deq_bits = Gray2RGBFilterGray_io_deq_bits; // @[ChiselImProc.scala 289:12]
  assign io_deq_user = Gray2RGBFilterGray_io_deq_user; // @[ChiselImProc.scala 289:12]
  assign io_deq_last = Gray2RGBFilterGray_io_deq_last; // @[ChiselImProc.scala 289:12]
  assign io_state_reg = Gray2RGBFilterGray_io_state_reg; // @[ChiselImProc.scala 291:18]
  assign io_shadow_reg = Gray2RGBFilterGray_io_shadow_reg; // @[ChiselImProc.scala 292:19]
  assign io_shadow_user = Gray2RGBFilterGray_io_shadow_user; // @[ChiselImProc.scala 293:20]
  assign io_shadow_last = Gray2RGBFilterGray_io_shadow_last; // @[ChiselImProc.scala 294:20]
  assign RGB2GrayFilterGray_clock = clock;
  assign RGB2GrayFilterGray_reset = reset;
  assign RGB2GrayFilterGray_io_enq_valid = io_enq_valid; // @[ChiselImProc.scala 287:12]
  assign RGB2GrayFilterGray_io_enq_bits = io_enq_bits; // @[ChiselImProc.scala 287:12]
  assign RGB2GrayFilterGray_io_enq_user = io_enq_user; // @[ChiselImProc.scala 287:12]
  assign RGB2GrayFilterGray_io_enq_last = io_enq_last; // @[ChiselImProc.scala 287:12]
  assign RGB2GrayFilterGray_io_deq_ready = NothingFilterGray_io_enq_ready; // @[ChiselImProc.scala 284:30]
  assign NothingFilterGray_clock = clock;
  assign NothingFilterGray_reset = reset;
  assign NothingFilterGray_io_enq_valid = RGB2GrayFilterGray_io_deq_valid; // @[ChiselImProc.scala 284:30]
  assign NothingFilterGray_io_enq_bits = RGB2GrayFilterGray_io_deq_bits[7:0]; // @[ChiselImProc.scala 284:30]
  assign NothingFilterGray_io_enq_user = RGB2GrayFilterGray_io_deq_user; // @[ChiselImProc.scala 284:30]
  assign NothingFilterGray_io_enq_last = RGB2GrayFilterGray_io_deq_last; // @[ChiselImProc.scala 284:30]
  assign NothingFilterGray_io_deq_ready = NothingFilterGray_1_io_enq_ready; // @[ChiselImProc.scala 284:30]
  assign NothingFilterGray_1_clock = clock;
  assign NothingFilterGray_1_reset = reset;
  assign NothingFilterGray_1_io_enq_valid = NothingFilterGray_io_deq_valid; // @[ChiselImProc.scala 284:30]
  assign NothingFilterGray_1_io_enq_bits = NothingFilterGray_io_deq_bits; // @[ChiselImProc.scala 284:30]
  assign NothingFilterGray_1_io_enq_user = NothingFilterGray_io_deq_user; // @[ChiselImProc.scala 284:30]
  assign NothingFilterGray_1_io_enq_last = NothingFilterGray_io_deq_last; // @[ChiselImProc.scala 284:30]
  assign NothingFilterGray_1_io_deq_ready = NothingFilterGray_2_io_enq_ready; // @[ChiselImProc.scala 284:30]
  assign NothingFilterGray_2_clock = clock;
  assign NothingFilterGray_2_reset = reset;
  assign NothingFilterGray_2_io_enq_valid = NothingFilterGray_1_io_deq_valid; // @[ChiselImProc.scala 284:30]
  assign NothingFilterGray_2_io_enq_bits = NothingFilterGray_1_io_deq_bits; // @[ChiselImProc.scala 284:30]
  assign NothingFilterGray_2_io_enq_user = NothingFilterGray_1_io_deq_user; // @[ChiselImProc.scala 284:30]
  assign NothingFilterGray_2_io_enq_last = NothingFilterGray_1_io_deq_last; // @[ChiselImProc.scala 284:30]
  assign NothingFilterGray_2_io_deq_ready = NothingFilterGray_3_io_enq_ready; // @[ChiselImProc.scala 284:30]
  assign NothingFilterGray_3_clock = clock;
  assign NothingFilterGray_3_reset = reset;
  assign NothingFilterGray_3_io_enq_valid = NothingFilterGray_2_io_deq_valid; // @[ChiselImProc.scala 284:30]
  assign NothingFilterGray_3_io_enq_bits = NothingFilterGray_2_io_deq_bits; // @[ChiselImProc.scala 284:30]
  assign NothingFilterGray_3_io_enq_user = NothingFilterGray_2_io_deq_user; // @[ChiselImProc.scala 284:30]
  assign NothingFilterGray_3_io_enq_last = NothingFilterGray_2_io_deq_last; // @[ChiselImProc.scala 284:30]
  assign NothingFilterGray_3_io_deq_ready = NothingFilterGray_4_io_enq_ready; // @[ChiselImProc.scala 284:30]
  assign NothingFilterGray_4_clock = clock;
  assign NothingFilterGray_4_reset = reset;
  assign NothingFilterGray_4_io_enq_valid = NothingFilterGray_3_io_deq_valid; // @[ChiselImProc.scala 284:30]
  assign NothingFilterGray_4_io_enq_bits = NothingFilterGray_3_io_deq_bits; // @[ChiselImProc.scala 284:30]
  assign NothingFilterGray_4_io_enq_user = NothingFilterGray_3_io_deq_user; // @[ChiselImProc.scala 284:30]
  assign NothingFilterGray_4_io_enq_last = NothingFilterGray_3_io_deq_last; // @[ChiselImProc.scala 284:30]
  assign NothingFilterGray_4_io_deq_ready = NothingFilterGray_5_io_enq_ready; // @[ChiselImProc.scala 284:30]
  assign NothingFilterGray_5_clock = clock;
  assign NothingFilterGray_5_reset = reset;
  assign NothingFilterGray_5_io_enq_valid = NothingFilterGray_4_io_deq_valid; // @[ChiselImProc.scala 284:30]
  assign NothingFilterGray_5_io_enq_bits = NothingFilterGray_4_io_deq_bits; // @[ChiselImProc.scala 284:30]
  assign NothingFilterGray_5_io_enq_user = NothingFilterGray_4_io_deq_user; // @[ChiselImProc.scala 284:30]
  assign NothingFilterGray_5_io_enq_last = NothingFilterGray_4_io_deq_last; // @[ChiselImProc.scala 284:30]
  assign NothingFilterGray_5_io_deq_ready = Gray2RGBFilterGray_io_enq_ready; // @[ChiselImProc.scala 284:30]
  assign Gray2RGBFilterGray_clock = clock;
  assign Gray2RGBFilterGray_reset = reset;
  assign Gray2RGBFilterGray_io_enq_valid = NothingFilterGray_5_io_deq_valid; // @[ChiselImProc.scala 284:30]
  assign Gray2RGBFilterGray_io_enq_bits = {{16'd0}, NothingFilterGray_5_io_deq_bits}; // @[ChiselImProc.scala 284:30]
  assign Gray2RGBFilterGray_io_enq_user = NothingFilterGray_5_io_deq_user; // @[ChiselImProc.scala 284:30]
  assign Gray2RGBFilterGray_io_enq_last = NothingFilterGray_5_io_deq_last; // @[ChiselImProc.scala 284:30]
  assign Gray2RGBFilterGray_io_deq_ready = io_deq_ready; // @[ChiselImProc.scala 289:12]
endmodule